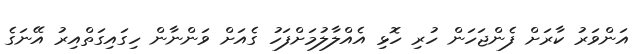
އަންވަރު ކާރަށް ފެންޖަހަން ހުރި ހޮޅި އެއްލާލުމަށްފަހު ގެއަށް ވަންނާން ހިގައިގަތްއިރު އޭނަގެ